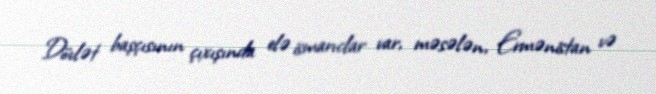
Dövlət başçısının çıxışında elə ismarıclar var, məsələn, Ermənistan və